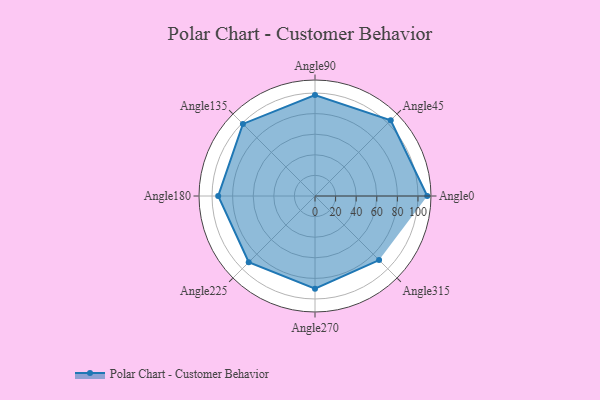
{"axis": {"x": "Angle", "y": "Radius"}, "legend": [""], "data": [{"x": "Angle0", "y": 109.0, "type": ""}, {"x": "Angle45", "y": 104.0, "type": ""}, {"x": "Angle90", "y": 98.0, "type": ""}, {"x": "Angle135", "y": 99.0, "type": ""}, {"x": "Angle180", "y": 94.0, "type": ""}, {"x": "Angle225", "y": 91.0, "type": ""}, {"x": "Angle270", "y": 90.0, "type": ""}, {"x": "Angle315", "y": 88.0, "type": ""}]}